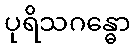
ပုရိသဂန္ဓော